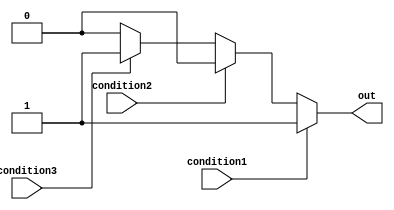
module if_else_ladder (
    input wire condition1,
    input wire condition2,
    input wire condition3,
    output wire out
);

// Behavioral modeling block for If-else ladder statement
always @* begin
    if (condition1) begin
        out = 1;    // Code block for condition1
    end
    else if (condition2) begin
        out = 2;    // Code block for condition2
    end
    else if (condition3) begin
        out = 3;    // Code block for condition3
    end
    else begin
        out = 0;    // Default code block
    end
end

endmodule